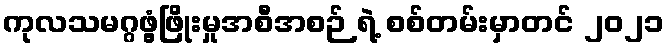
ကုလသမဂ္ဂဖွံ့ဖြိုးမှုအစီအစဉ် ရဲ့ စစ်တမ်းမှာတင် ၂၀၂၁